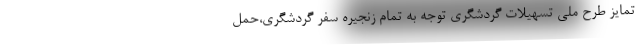
تمایز طرح ملی تسهیلات گردشگری توجه به تمام زنجیره سفر گردشگری،حمل